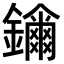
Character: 𨯖